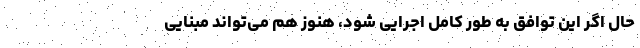
حال اگر این توافق به طور کامل اجرایی شود، هنوز هم می‌تواند مبنایی